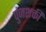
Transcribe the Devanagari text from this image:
पुंजशक्ती